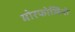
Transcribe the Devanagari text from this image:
मोरफोलिनो